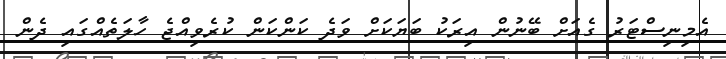
އެމިނިސްޓަރު ގެއަށް ބޭނުން އިރަކު ބަޔަކަށް ވަދެ ކަންކަން ކުރެވިއްޖެ ހާލަތެއްގައި ދެން